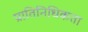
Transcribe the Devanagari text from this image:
प्रातिनिधिकता